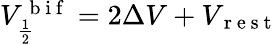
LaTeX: \begin{array}{r}{V_{\frac{1}{2}}^{\mathrm{~b~i~f~}}=2\Delta V+V_{\mathrm{~r~e~s~t~}}}\end{array}